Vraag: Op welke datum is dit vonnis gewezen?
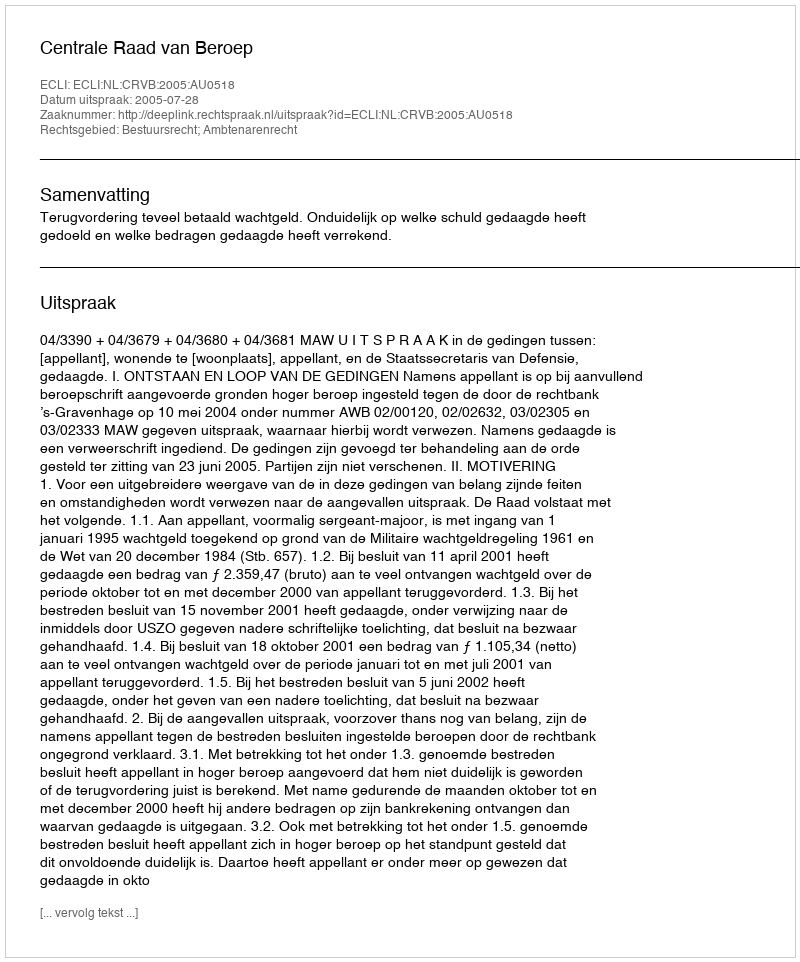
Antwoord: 2005-07-28